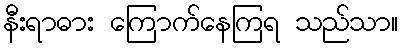
နီးရာဓား ကြောက်နေကြရ သည်သာ။